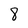
Character: 8